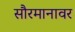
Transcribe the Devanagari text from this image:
सौरमानावर